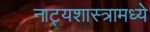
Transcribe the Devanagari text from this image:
नाट्यशास्त्रामध्ये